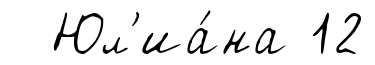
Юл'иа́на 12